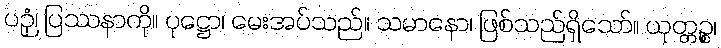
ပဉှံ၊ ပြဿနာကို။ ပုဋ္ဌော၊ မေးအပ်သည်။ သမာနော၊ ဖြစ်သည်ရှိသော်။ ယုတ္တဉ္စ၊